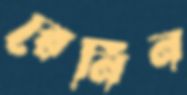
রেনিন